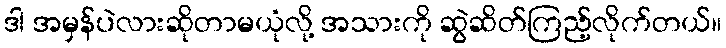
ဒါ အမှန်ပဲလားဆိုတာမယုံလို့ အသားကို ဆွဲဆိတ်ကြည့်လိုက်တယ်။